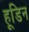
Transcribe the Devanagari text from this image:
हूडिन